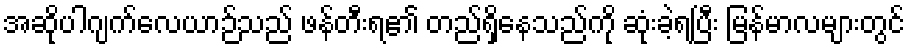
အဆိုပါဂျက်လေယာဉ်သည် ဖန်တီးရ၏ တည်ရှိနေသည်ကို ဆုံးခဲ့ရပြီး မြန်မာလများတွင်